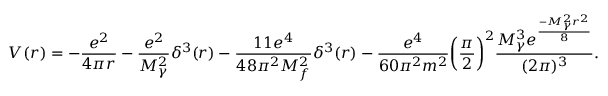
V ( r ) = - \frac { e ^ { 2 } } { 4 \pi r } - \frac { e ^ { 2 } } { M _ { \gamma } ^ { 2 } } \delta ^ { 3 } ( r ) - \frac { 1 1 e ^ { 4 } } { 4 8 \pi ^ { 2 } M _ { f } ^ { 2 } } \delta ^ { 3 } ( r ) - \frac { e ^ { 4 } } { 6 0 \pi ^ { 2 } m ^ { 2 } } \biggl ( \frac { \pi } { 2 } \biggr ) ^ { 2 } \frac { M _ { \gamma } ^ { 3 } e ^ { \frac { - M _ { \gamma } ^ { 2 } r ^ { 2 } } { 8 } } } { ( 2 \pi ) ^ { 3 } } .